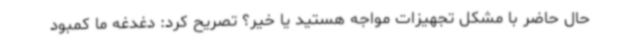
حال حاضر با مشکل تجهیزات مواجه هستید یا خیر؟ تصریح کرد: دغدغه ما کمبود